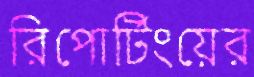
রিপোর্টিংয়ের